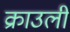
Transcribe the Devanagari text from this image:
क्राउली